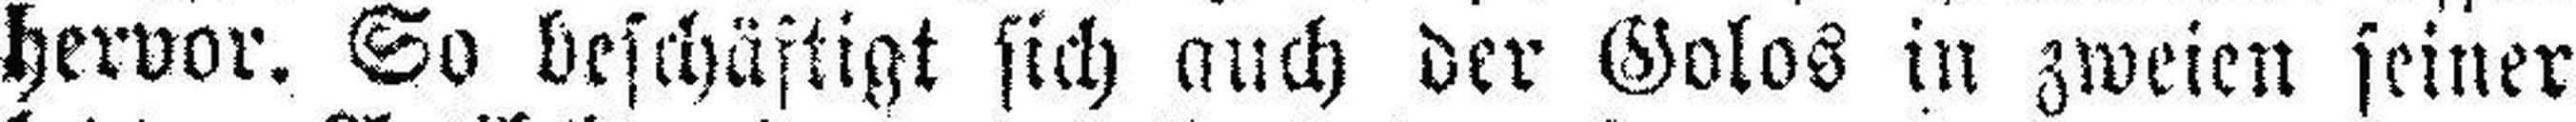
hervor. So beschäftigt sieh auch der Golos in zweien seiner